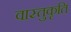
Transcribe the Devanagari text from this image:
वास्तुकृति